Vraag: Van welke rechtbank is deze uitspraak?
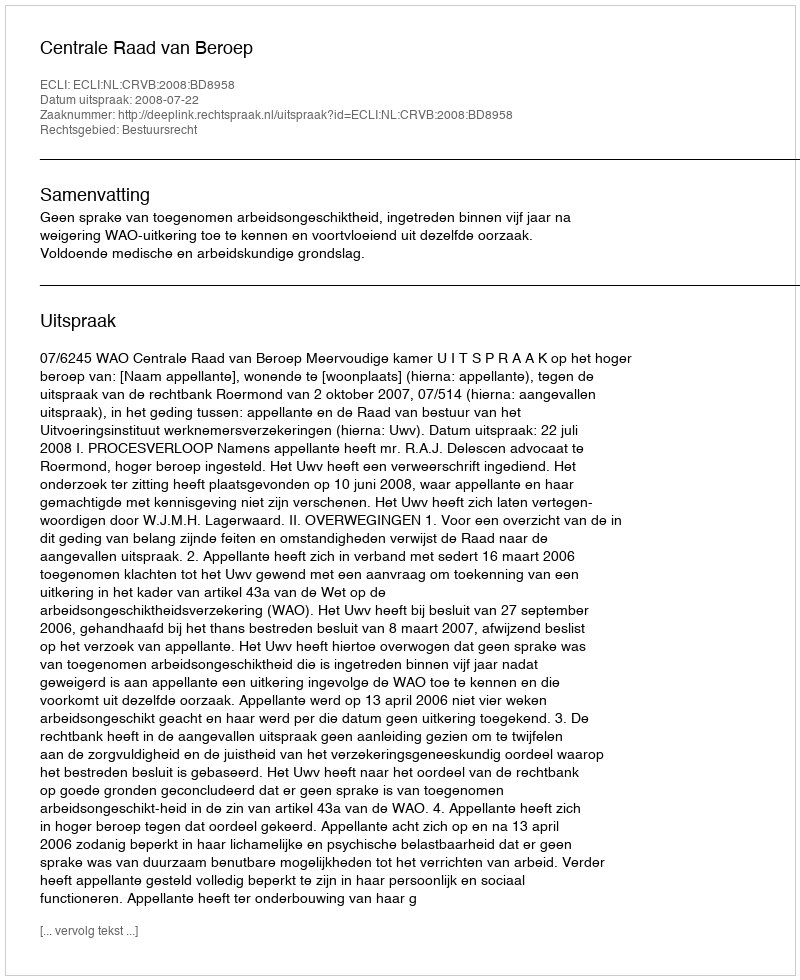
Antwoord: Centrale Raad van Beroep